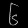
Digit: ၆